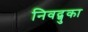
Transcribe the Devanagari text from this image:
निवद्णुका